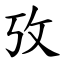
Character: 攷